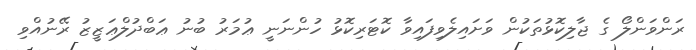
ރަންވަންލޯ ގެ ޖާލިކޮޅުތަކުން ވަށައިލެވިފައިވާ ކޮޓަރިކޮޅު ހުންނަނީ ޢުމަރު ބުނު ޢަބްދުލްޢަޒީޒު ރޭނުއްވި